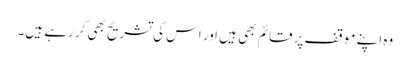
وہ اپنے موقف پر قائم بھی ہیں اور اس کی تشریح بھی کر رہے ہیں۔